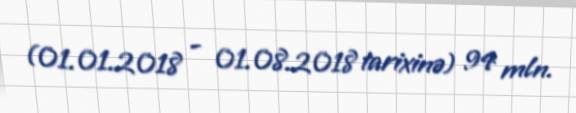
(01.01.2018 - 01.08.2018 tarixinə) 94 mln.